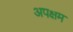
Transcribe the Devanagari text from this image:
अपक्षम